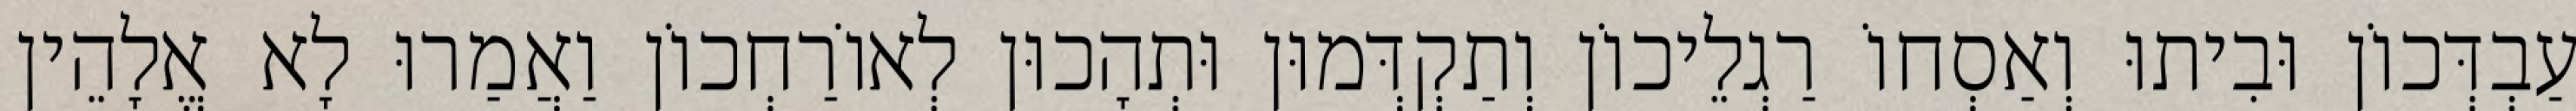
עַבְדְּכוֹן וּבִיתוּ וְאַסְחוֹ רַגְלֵיכוֹן וְתַקְדְּמוּן וּתְהָכוּן לְאוֹרַחְכוֹן וַאֲמַרוּ לָא אֱלָהֵין